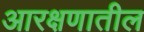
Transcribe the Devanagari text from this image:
आरक्षणातील